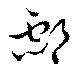
酃